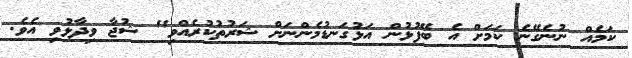
ކަމެއް ނުނެގޭނެ ކަމަށް އެ ބޭފުޅުން އަޅުގަނޑުމެންނަށް ޝަރުތުކުރެއްވި" ޝުޖާ ވިދާޅުވި އެވެ.